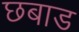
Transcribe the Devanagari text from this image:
छबाड